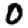
Digit: 0